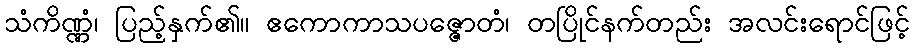
သံကိဏ္ဏံ၊ ပြည့်နှက်၏။ ဧကောကာသပဇ္ဇောတံ၊ တပြိုင်နက်တည်း အလင်းရောင်ဖြင့်